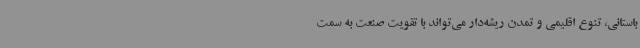
باستانی، تنوع اقلیمی و تمدن ریشه‌دار می‌تواند با تقویت صنعت به سمت